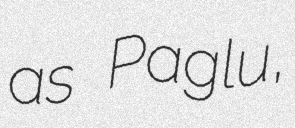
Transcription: as Paglu,